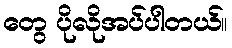
တွေ ပိုလိုအပ်ပါတယ်။